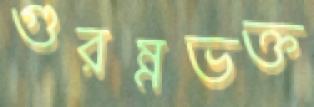
গুরম্নভক্ত